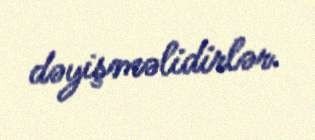
dəyişməlidirlər.